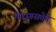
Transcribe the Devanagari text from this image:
निरागसतेने